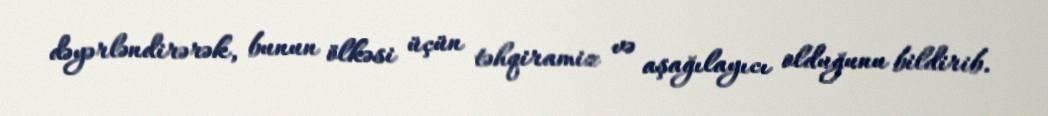
dəyərləndirərək, bunun ölkəsi üçün təhqiramiz və aşağılayıcı olduğunu bildirib.